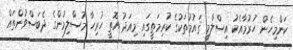
ކަންމިހެން ހުރުމާއެކު އިސްލާމީ ޤައުމުތަކުގެ ކުރިމަތީގައި މިއަދު އޮތީ ހުރިހާ މުސްލިމުންގެ ދެބަސްވުންތައް